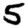
Digit: 5